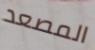
المصعد